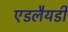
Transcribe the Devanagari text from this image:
एडलैयडी